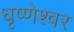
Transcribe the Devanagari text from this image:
धृष्णेश्वर